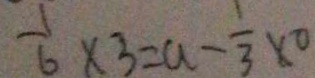
\frac { 1 } { 6 } \times 3 = a - \frac { 1 } { 3 } \times 0